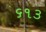
૬૧૩